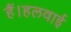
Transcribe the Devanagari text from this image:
हैं।हलवाई